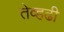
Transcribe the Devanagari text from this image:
तेव्हढी